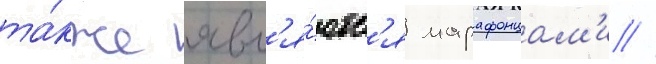
та́кже явл'я́ютс'я марафонцам'и //